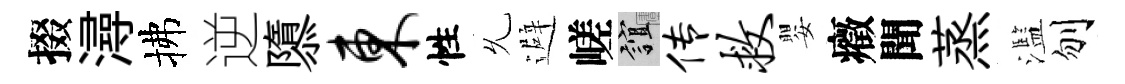
掇潯拂逆隳东性𠃔避嵯誼传救嬰癥聞蒸濫刎